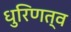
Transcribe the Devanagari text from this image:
धुरिणत्व